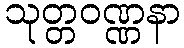
သုတ္တဝဏ္ဏနာ